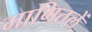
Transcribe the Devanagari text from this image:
मागितलें